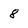
Character: 8